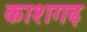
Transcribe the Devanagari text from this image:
काशगढ़